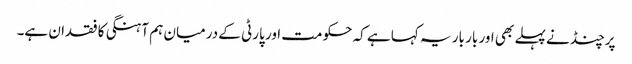
پرچنڈ نے پہلے بھی اور بار بار یہ کہا ہے کہ حکومت اور پارٹی کے درمیان ہم آہنگی کا فقدان ہے۔